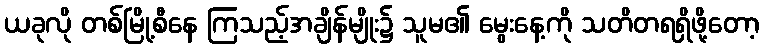
ယခုလို တစ်မြို့စီနေ ကြသည့်အချိန်မျိုး၌ သူမ၏ မွေးနေ့ကို သတိတရရှိဖို့တော့